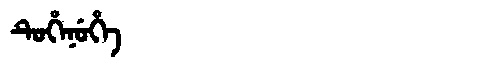
Manchu: ᡨᡠᡥᡝᠨᡠᡥᡝ
Romanization: TUHENUHE